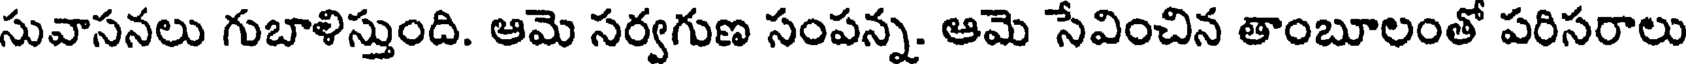
సువాసనలు గుబాళిస్తుంది. ఆమె సర్వగుణ సంపన్న. ఆమె సేవించిన తాంబూలంతో పరిసరాలు